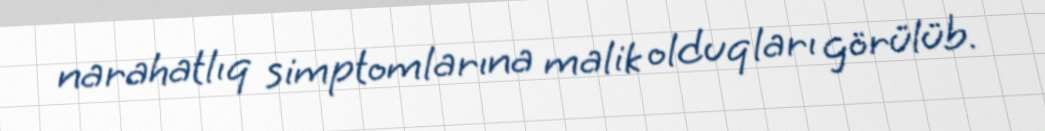
narahatlıq simptomlarına malik olduqları görülüb.